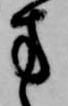
方